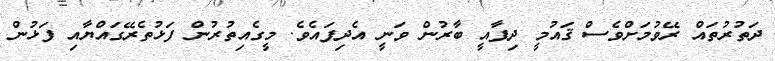
ދަތުރުތައް ރޭވުމަށްވެސް ޤައުމީ ދިފާއީ ބާރުން ވަނީ އެދިފައެވެ. މީގެއިތުރުން ފަޅުތެރޭގައްޔާއި ފަޅުން